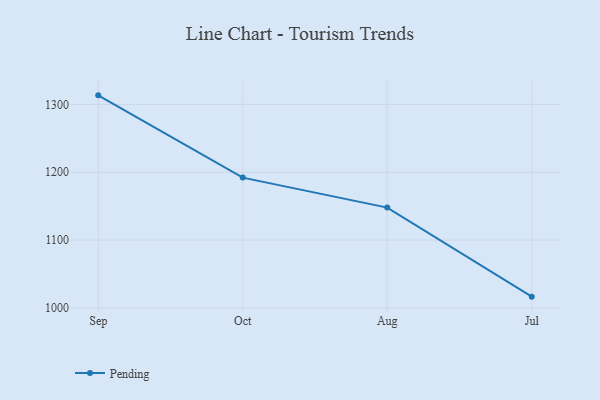
{"axis": {"x": "Month", "y": "Demand Index"}, "legend": ["Pending"], "data": [{"x": "Sep", "y": 1313.4, "type": "Pending"}, {"x": "Oct", "y": 1192.1, "type": "Pending"}, {"x": "Aug", "y": 1147.9, "type": "Pending"}, {"x": "Jul", "y": 1016.6, "type": "Pending"}]}